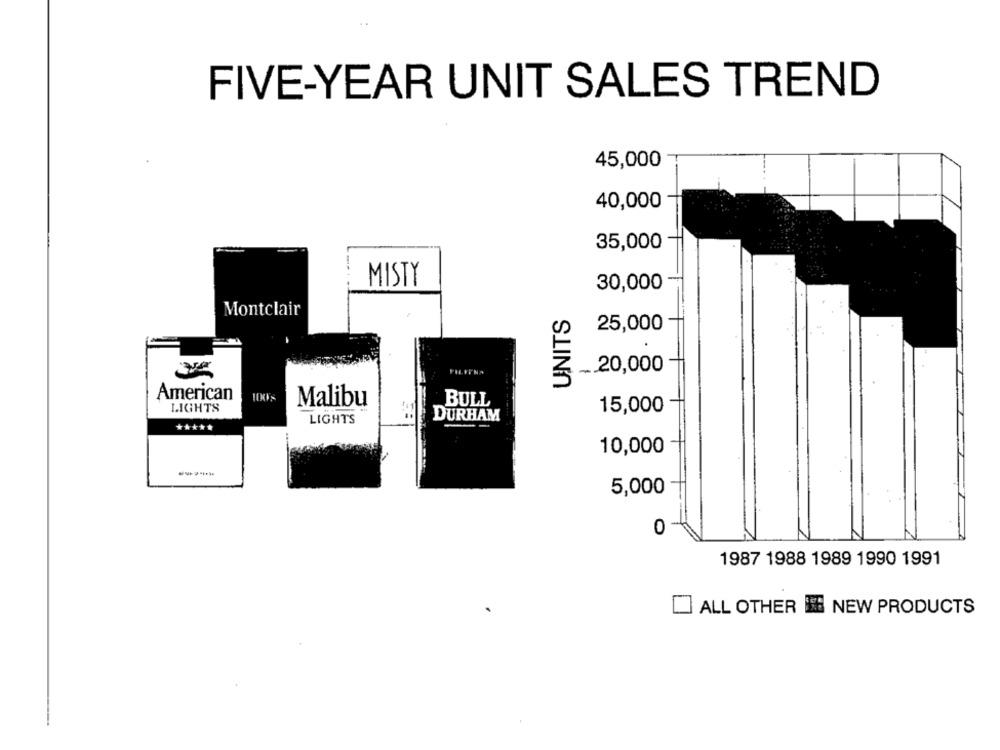
FIVE-YEAR UNIT SALES TREND
45,000
40,000
35,000
MISTY
30,000
Montclair
UNITS
25,000
.. 20,000
American
BULL
LIGHTS
15,000
DURHAM
*****
10,000
5,000
0
1987 1988 1989 1990 1991
ALL OTHER E NEW PRODUCTS